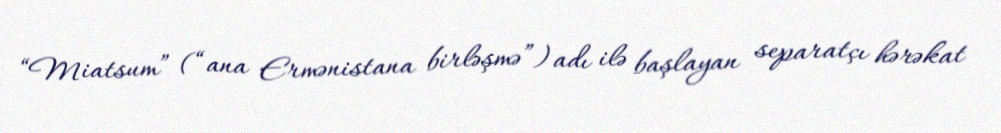
“Miatsum” (“ana Ermənistana birləşmə”) adı ilə başlayan separatçı hərəkat